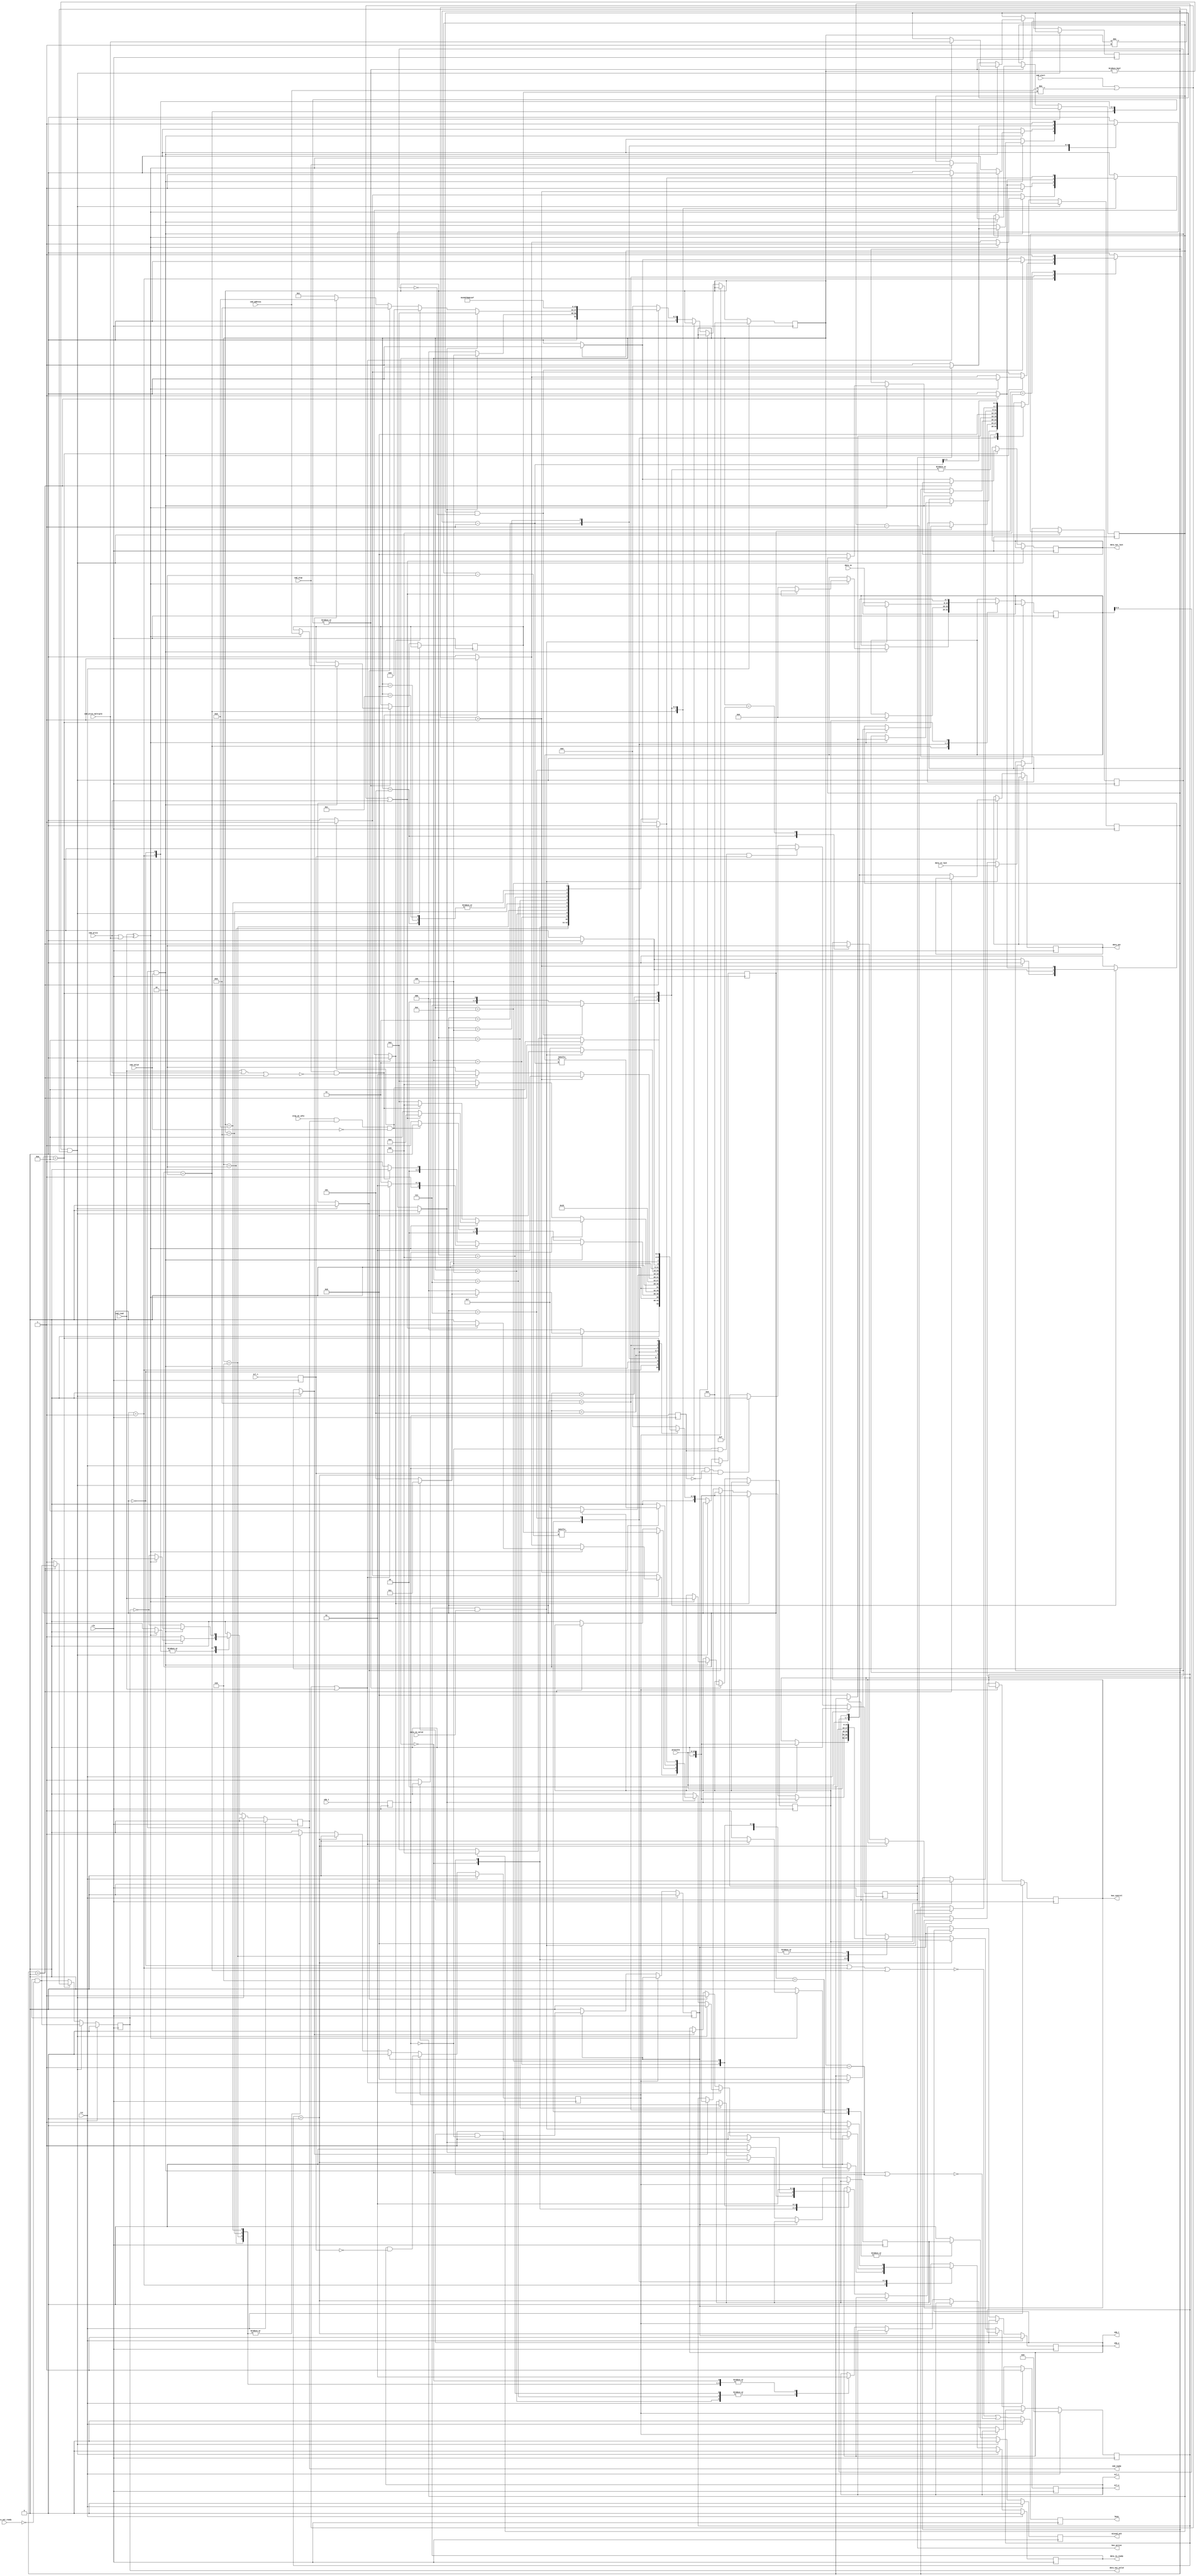
/*

Copyright (c) 2015-2017 Alex Forencich

Permission is hereby granted, free of charge, to any person obtaining a copy
of this software and associated documentation files (the "Software"), to deal
in the Software without restriction, including without limitation the rights
to use, copy, modify, merge, publish, distribute, sublicense, and/or sell
copies of the Software, and to permit persons to whom the Software is
furnished to do so, subject to the following conditions:

The above copyright notice and this permission notice shall be included in
all copies or substantial portions of the Software.

THE SOFTWARE IS PROVIDED "AS IS", WITHOUT WARRANTY OF ANY KIND, EXPRESS OR
IMPLIED, INCLUDING BUT NOT LIMITED TO THE WARRANTIES OF MERCHANTABILITY
FITNESS FOR A PARTICULAR PURPOSE AND NONINFRINGEMENT. IN NO EVENT SHALL THE
AUTHORS OR COPYRIGHT HOLDERS BE LIABLE FOR ANY CLAIM, DAMAGES OR OTHER
LIABILITY, WHETHER IN AN ACTION OF CONTRACT, TORT OR OTHERWISE, ARISING FROM,
OUT OF OR IN CONNECTION WITH THE SOFTWARE OR THE USE OR OTHER DEALINGS IN
THE SOFTWARE.

*/

// Language: Verilog 2001

`timescale 1ns / 1ps

/*
 * I2C master
 */
module i2c_master (
    input  wire        clk,
    input  wire        rst,

    /*
     * Host interface
     */
    input  wire [6:0]  cmd_address,
    input  wire        cmd_start,
    input  wire        cmd_read,
    input  wire        cmd_write,
    input  wire        cmd_write_multiple,
    input  wire        cmd_stop,
    input  wire        cmd_valid,
    output wire        cmd_ready,

    input  wire [7:0]  data_in,
    input  wire        data_in_valid,
    output wire        data_in_ready,
    input  wire        data_in_last,

    output wire [7:0]  data_out,
    output wire        data_out_valid,
    input  wire        data_out_ready,
    output wire        data_out_last,

    /*
     * I2C interface
     */
    input  wire        scl_i,
    output wire        scl_o,
    output wire        scl_t,
    input  wire        sda_i,
    output wire        sda_o,
    output wire        sda_t,

    /*
     * Status
     */
    output wire        busy,
    output wire        bus_control,
    output wire        bus_active,
    output wire        missed_ack,

    /*
     * Configuration
     */
    input  wire [15:0] prescale,
    input  wire        stop_on_idle
);

/*

I2C

Read
    __    ___ ___ ___ ___ ___ ___ ___         ___ ___ ___ ___ ___ ___ ___ ___     ___ ___ ___ ___ ___ ___ ___ ___        __
sda   \__/_6_X_5_X_4_X_3_X_2_X_1_X_0_\_R___A_/_7_X_6_X_5_X_4_X_3_X_2_X_1_X_0_\_A_/_7_X_6_X_5_X_4_X_3_X_2_X_1_X_0_\_A____/
    ____   _   _   _   _   _   _   _   _   _   _   _   _   _   _   _   _   _   _   _   _   _   _   _   _   _   _   _   ____
scl  ST \_/ \_/ \_/ \_/ \_/ \_/ \_/ \_/ \_/ \_/ \_/ \_/ \_/ \_/ \_/ \_/ \_/ \_/ \_/ \_/ \_/ \_/ \_/ \_/ \_/ \_/ \_/ \_/ SP

Write
    __    ___ ___ ___ ___ ___ ___ ___ ___     ___ ___ ___ ___ ___ ___ ___ ___     ___ ___ ___ ___ ___ ___ ___ ___ ___    __
sda   \__/_6_X_5_X_4_X_3_X_2_X_1_X_0_/ W \_A_/_7_X_6_X_5_X_4_X_3_X_2_X_1_X_0_\_A_/_7_X_6_X_5_X_4_X_3_X_2_X_1_X_0_/ N \__/
    ____   _   _   _   _   _   _   _   _   _   _   _   _   _   _   _   _   _   _   _   _   _   _   _   _   _   _   _   ____
scl  ST \_/ \_/ \_/ \_/ \_/ \_/ \_/ \_/ \_/ \_/ \_/ \_/ \_/ \_/ \_/ \_/ \_/ \_/ \_/ \_/ \_/ \_/ \_/ \_/ \_/ \_/ \_/ \_/ SP

Commands:

read
    read data byte
    set start to force generation of a start condition
    start is implied when bus is inactive or active with write or different address
    set stop to issue a stop condition after reading current byte
    if stop is set with read command, then data_out_last will be set

write
    write data byte
    set start to force generation of a start condition
    start is implied when bus is inactive or active with read or different address
    set stop to issue a stop condition after writing current byte

write multiple
    write multiple data bytes (until data_in_last)
    set start to force generation of a start condition
    start is implied when bus is inactive or active with read or different address
    set stop to issue a stop condition after writing block

stop
    issue stop condition if bus is active

Status:

busy
    module is communicating over the bus

bus_control
    module has control of bus in active state

bus_active
    bus is active, not necessarily controlled by this module

missed_ack
    strobed when a slave ack is missed

Parameters:

prescale
    set prescale to 1/4 of the minimum clock period in units
    of input clk cycles (prescale = Fclk / (FI2Cclk * 4))

stop_on_idle
    automatically issue stop when command input is not valid

Example of interfacing with tristate pins:
(this will work for any tristate bus)

assign scl_i = scl_pin;
assign scl_pin = scl_t ? 1'bz : scl_o;
assign sda_i = sda_pin;
assign sda_pin = sda_t ? 1'bz : sda_o;

Equivalent code that does not use *_t connections:
(we can get away with this because I2C is open-drain)

assign scl_i = scl_pin;
assign scl_pin = scl_o ? 1'bz : 1'b0;
assign sda_i = sda_pin;
assign sda_pin = sda_o ? 1'bz : 1'b0;

Example of two interconnected I2C devices:

assign scl_1_i = scl_1_o & scl_2_o;
assign scl_2_i = scl_1_o & scl_2_o;
assign sda_1_i = sda_1_o & sda_2_o;
assign sda_2_i = sda_1_o & sda_2_o;

Example of two I2C devices sharing the same pins:

assign scl_1_i = scl_pin;
assign scl_2_i = scl_pin;
assign scl_pin = (scl_1_o & scl_2_o) ? 1'bz : 1'b0;
assign sda_1_i = sda_pin;
assign sda_2_i = sda_pin;
assign sda_pin = (sda_1_o & sda_2_o) ? 1'bz : 1'b0;

Notes:

scl_o should not be connected directly to scl_i, only via AND logic or a tristate
I/O pin.  This would prevent devices from stretching the clock period.

*/

localparam [4:0]
    STATE_IDLE = 4'd0,
    STATE_ACTIVE_WRITE = 4'd1,
    STATE_ACTIVE_READ = 4'd2,
    STATE_START_WAIT = 4'd3,
    STATE_START = 4'd4,
    STATE_ADDRESS_1 = 4'd5,
    STATE_ADDRESS_2 = 4'd6,
    STATE_WRITE_1 = 4'd7,
    STATE_WRITE_2 = 4'd8,
    STATE_WRITE_3 = 4'd9,
    STATE_READ = 4'd10,
    STATE_STOP = 4'd11;

reg [4:0] state_reg = STATE_IDLE, state_next;

localparam [4:0]
    PHY_STATE_IDLE = 5'd0,
    PHY_STATE_ACTIVE = 5'd1,
    PHY_STATE_REPEATED_START_1 = 5'd2,
    PHY_STATE_REPEATED_START_2 = 5'd3,
    PHY_STATE_START_1 = 5'd4,
    PHY_STATE_START_2 = 5'd5,
    PHY_STATE_WRITE_BIT_1 = 5'd6,
    PHY_STATE_WRITE_BIT_2 = 5'd7,
    PHY_STATE_WRITE_BIT_3 = 5'd8,
    PHY_STATE_READ_BIT_1 = 5'd9,
    PHY_STATE_READ_BIT_2 = 5'd10,
    PHY_STATE_READ_BIT_3 = 5'd11,
    PHY_STATE_READ_BIT_4 = 5'd12,
    PHY_STATE_STOP_1 = 5'd13,
    PHY_STATE_STOP_2 = 5'd14,
    PHY_STATE_STOP_3 = 5'd15;

reg [4:0] phy_state_reg = STATE_IDLE, phy_state_next;

reg phy_start_bit;
reg phy_stop_bit;
reg phy_write_bit;
reg phy_read_bit;
reg phy_release_bus;

reg phy_tx_data;

reg phy_rx_data_reg = 1'b0, phy_rx_data_next;

reg [6:0] addr_reg = 7'd0, addr_next;
reg [7:0] data_reg = 8'd0, data_next;
reg last_reg = 1'b0, last_next;

reg mode_read_reg = 1'b0, mode_read_next;
reg mode_write_multiple_reg = 1'b0, mode_write_multiple_next;
reg mode_stop_reg = 1'b0, mode_stop_next;

reg [16:0] delay_reg = 16'd0, delay_next;
reg delay_scl_reg = 1'b0, delay_scl_next;
reg delay_sda_reg = 1'b0, delay_sda_next;

reg [3:0] bit_count_reg = 4'd0, bit_count_next;

reg cmd_ready_reg = 1'b0, cmd_ready_next;

reg data_in_ready_reg = 1'b0, data_in_ready_next;

reg [7:0] data_out_reg = 8'd0, data_out_next;
reg data_out_valid_reg = 1'b0, data_out_valid_next;
reg data_out_last_reg = 1'b0, data_out_last_next;

reg scl_i_reg = 1'b1;
reg sda_i_reg = 1'b1;

reg scl_o_reg = 1'b1, scl_o_next;
reg sda_o_reg = 1'b1, sda_o_next;

reg last_scl_i_reg = 1'b1;
reg last_sda_i_reg = 1'b1;

reg busy_reg = 1'b0;
reg bus_active_reg = 1'b0;
reg bus_control_reg = 1'b0, bus_control_next;
reg missed_ack_reg = 1'b0, missed_ack_next;

assign cmd_ready = cmd_ready_reg;

assign data_in_ready = data_in_ready_reg;

assign data_out = data_out_reg;
assign data_out_valid = data_out_valid_reg;
assign data_out_last = data_out_last_reg;

assign scl_o = scl_o_reg;
assign scl_t = scl_o_reg;
assign sda_o = sda_o_reg;
assign sda_t = sda_o_reg;

assign busy = busy_reg;
assign bus_active = bus_active_reg;
assign bus_control = bus_control_reg;
assign missed_ack = missed_ack_reg;

wire scl_posedge = scl_i_reg & ~last_scl_i_reg;
wire scl_negedge = ~scl_i_reg & last_scl_i_reg;
wire sda_posedge = sda_i_reg & ~last_sda_i_reg;
wire sda_negedge = ~sda_i_reg & last_sda_i_reg;

wire start_bit = sda_negedge & scl_i_reg;
wire stop_bit = sda_posedge & scl_i_reg;

always @* begin
    state_next = STATE_IDLE;

    phy_start_bit = 1'b0;
    phy_stop_bit = 1'b0;
    phy_write_bit = 1'b0;
    phy_read_bit = 1'b0;
    phy_tx_data = 1'b0;
    phy_release_bus = 1'b0;

    addr_next = addr_reg;
    data_next = data_reg;
    last_next = last_reg;

    mode_read_next = mode_read_reg;
    mode_write_multiple_next = mode_write_multiple_reg;
    mode_stop_next = mode_stop_reg;

    bit_count_next = bit_count_reg;

    cmd_ready_next = 1'b0;

    data_in_ready_next = 1'b0;

    data_out_next = data_out_reg;
    data_out_valid_next = data_out_valid_reg & ~data_out_ready;
    data_out_last_next = data_out_last_reg;

    missed_ack_next = 1'b0;

    // generate delays
    if (phy_state_reg != PHY_STATE_IDLE && phy_state_reg != PHY_STATE_ACTIVE) begin
        // wait for phy operation
        state_next = state_reg;
    end else begin
        // process states
        case (state_reg)
            STATE_IDLE: begin
                // line idle
                cmd_ready_next = 1'b1;

                if (cmd_ready & cmd_valid) begin
                    // command valid
                    if (cmd_read ^ (cmd_write | cmd_write_multiple)) begin
                        // read or write command
                        addr_next = cmd_address;
                        mode_read_next = cmd_read;
                        mode_write_multiple_next = cmd_write_multiple;
                        mode_stop_next = cmd_stop;

                        cmd_ready_next = 1'b0;

                        // start bit
                        if (bus_active) begin
                            state_next = STATE_START_WAIT;
                        end else begin
                            phy_start_bit = 1'b1;
                            bit_count_next = 4'd8;
                            state_next = STATE_ADDRESS_1;
                        end
                    end else begin
                        // invalid or unspecified - ignore
                        state_next = STATE_IDLE;
                    end
                end else begin
                    state_next = STATE_IDLE;
                end
            end
            STATE_ACTIVE_WRITE: begin
                // line active with current address and read/write mode
                cmd_ready_next = 1'b1;

                if (cmd_ready & cmd_valid) begin
                    // command valid
                    if (cmd_read ^ (cmd_write | cmd_write_multiple)) begin
                        // read or write command
                        addr_next = cmd_address;
                        mode_read_next = cmd_read;
                        mode_write_multiple_next = cmd_write_multiple;
                        mode_stop_next = cmd_stop;

                        cmd_ready_next = 1'b0;
                        
                        if (cmd_start || cmd_address != addr_reg || cmd_read) begin
                            // address or mode mismatch or forced start - repeated start

                            // repeated start bit
                            phy_start_bit = 1'b1;
                            bit_count_next = 4'd8;
                            state_next = STATE_ADDRESS_1;
                        end else begin
                            // address and mode match

                            // start write
                            data_in_ready_next = 1'b1;
                            state_next = STATE_WRITE_1;
                        end
                    end else if (cmd_stop && !(cmd_read || cmd_write || cmd_write_multiple)) begin
                        // stop command
                        phy_stop_bit = 1'b1;
                        state_next = STATE_IDLE;
                    end else begin
                        // invalid or unspecified - ignore
                        state_next = STATE_ACTIVE_WRITE;
                    end
                end else begin
                    if (stop_on_idle & cmd_ready & ~cmd_valid) begin
                        // no waiting command and stop_on_idle selected, issue stop condition
                        phy_stop_bit = 1'b1;
                        state_next = STATE_IDLE;
                    end else begin
                        state_next = STATE_ACTIVE_WRITE;
                    end
                end
            end
            STATE_ACTIVE_READ: begin
                // line active to current address
                cmd_ready_next = ~data_out_valid;

                if (cmd_ready & cmd_valid) begin
                    // command valid
                    if (cmd_read ^ (cmd_write | cmd_write_multiple)) begin
                        // read or write command
                        addr_next = cmd_address;
                        mode_read_next = cmd_read;
                        mode_write_multiple_next = cmd_write_multiple;
                        mode_stop_next = cmd_stop;

                        cmd_ready_next = 1'b0;
                        
                        if (cmd_start || cmd_address != addr_reg || cmd_write) begin
                            // address or mode mismatch or forced start - repeated start

                            // write nack for previous read
                            phy_write_bit = 1'b1;
                            phy_tx_data = 1'b1;
                            // repeated start bit
                            state_next = STATE_START;
                        end else begin
                            // address and mode match

                            // write ack for previous read
                            phy_write_bit = 1'b1;
                            phy_tx_data = 1'b0;
                            // start next read
                            bit_count_next = 4'd8;
                            data_next = 8'd0;
                            state_next = STATE_READ;
                        end
                    end else if (cmd_stop && !(cmd_read || cmd_write || cmd_write_multiple)) begin
                        // stop command
                        // write nack for previous read
                        phy_write_bit = 1'b1;
                        phy_tx_data = 1'b1;
                        // send stop bit
                        state_next = STATE_STOP;
                    end else begin
                        // invalid or unspecified - ignore
                        state_next = STATE_ACTIVE_READ;
                    end
                end else begin
                    if (stop_on_idle & cmd_ready & ~cmd_valid) begin
                        // no waiting command and stop_on_idle selected, issue stop condition
                        // write ack for previous read
                        phy_write_bit = 1'b1;
                        phy_tx_data = 1'b1;
                        // send stop bit
                        state_next = STATE_STOP;
                    end else begin
                        state_next = STATE_ACTIVE_READ;
                    end
                end
            end
            STATE_START_WAIT: begin
                // wait for bus idle

                if (bus_active) begin
                    state_next = STATE_START_WAIT;
                end else begin
                    // bus is idle, take control
                    phy_start_bit = 1'b1;
                    bit_count_next = 4'd8;
                    state_next = STATE_ADDRESS_1;
                end
            end
            STATE_START: begin
                // send start bit

                phy_start_bit = 1'b1;
                bit_count_next = 4'd8;
                state_next = STATE_ADDRESS_1;
            end
            STATE_ADDRESS_1: begin
                // send address
                bit_count_next = bit_count_reg - 1;
                if (bit_count_reg > 1) begin
                    // send address
                    phy_write_bit = 1'b1;
                    phy_tx_data = addr_reg[bit_count_reg-2];
                    state_next = STATE_ADDRESS_1;
                end else if (bit_count_reg > 0) begin
                    // send read/write bit
                    phy_write_bit = 1'b1;
                    phy_tx_data = mode_read_reg;
                    state_next = STATE_ADDRESS_1;
                end else begin
                    // read ack bit
                    phy_read_bit = 1'b1;
                    state_next = STATE_ADDRESS_2;
                end
            end
            STATE_ADDRESS_2: begin
                // read ack bit
                missed_ack_next = phy_rx_data_reg;

                if (mode_read_reg) begin
                    // start read
                    bit_count_next = 4'd8;
                    data_next = 1'b0;
                    state_next = STATE_READ;
                end else begin
                    // start write
                    data_in_ready_next = 1'b1;
                    state_next = STATE_WRITE_1;
                end
            end
            STATE_WRITE_1: begin
                data_in_ready_next = 1'b1;

                if (data_in_ready & data_in_valid) begin
                    // got data, start write
                    data_next = data_in;
                    last_next = data_in_last;
                    bit_count_next = 4'd8;
                    data_in_ready_next = 1'b0;
                    state_next = STATE_WRITE_2;
                end else begin
                    // wait for data
                    state_next = STATE_WRITE_1;
                end
            end
            STATE_WRITE_2: begin
                // send data
                bit_count_next = bit_count_reg - 1;
                if (bit_count_reg > 0) begin
                    // write data bit
                    phy_write_bit = 1'b1;
                    phy_tx_data = data_reg[bit_count_reg-1];
                    state_next = STATE_WRITE_2;
                end else begin
                    // read ack bit
                    phy_read_bit = 1'b1;
                    state_next = STATE_WRITE_3;
                end
            end
            STATE_WRITE_3: begin
                // read ack bit
                missed_ack_next = phy_rx_data_reg;

                if (mode_write_multiple_reg && !last_reg) begin
                    // more to write
                    state_next = STATE_WRITE_1;
                end else if (mode_stop_reg) begin
                    // last cycle and stop selected
                    phy_stop_bit = 1'b1;
                    state_next = STATE_IDLE;
                end else begin
                    // otherwise, return to bus active state
                    state_next = STATE_ACTIVE_WRITE;
                end
            end
            STATE_READ: begin
                // read data

                bit_count_next = bit_count_reg - 1;
                data_next = {data_reg[6:0], phy_rx_data_reg};
                if (bit_count_reg > 0) begin
                    // read next bit
                    phy_read_bit = 1'b1;
                    state_next = STATE_READ;
                end else begin
                    // output data word
                    data_out_next = data_next;
                    data_out_valid_next = 1'b1;
                    data_out_last_next = 1'b0;
                    if (mode_stop_reg) begin
                        // send nack and stop
                        data_out_last_next = 1'b1;
                        phy_write_bit = 1'b1;
                        phy_tx_data = 1'b1;
                        state_next = STATE_STOP;
                    end else begin
                        // return to bus active state
                        state_next = STATE_ACTIVE_READ;
                    end
                end
            end
            STATE_STOP: begin
                // send stop bit
                phy_stop_bit = 1'b1;
                state_next = STATE_IDLE;
            end
        endcase
    end
end

always @* begin
    phy_state_next = PHY_STATE_IDLE;

    phy_rx_data_next = phy_rx_data_reg;

    delay_next = delay_reg;
    delay_scl_next = delay_scl_reg;
    delay_sda_next = delay_sda_reg;

    scl_o_next = scl_o_reg;
    sda_o_next = sda_o_reg;

    bus_control_next = bus_control_reg;

    if (phy_release_bus) begin
        // release bus and return to idle state
        sda_o_next = 1'b1;
        scl_o_next = 1'b1;
        delay_scl_next = 1'b0;
        delay_sda_next = 1'b0;
        delay_next = 1'b0;
        phy_state_next = PHY_STATE_IDLE;
    end else if (delay_scl_reg) begin
        // wait for SCL to match command
        delay_scl_next = scl_o_reg & ~scl_i_reg;
        phy_state_next = phy_state_reg;
    end else if (delay_sda_reg) begin
        // wait for SDA to match command
        delay_sda_next = sda_o_reg & ~sda_i_reg;
        phy_state_next = phy_state_reg;
    end else if (delay_reg > 0) begin
        // time delay
        delay_next = delay_reg - 1;
        phy_state_next = phy_state_reg;
    end else begin
        case (phy_state_reg)
            PHY_STATE_IDLE: begin
                // bus idle - wait for start command
                sda_o_next = 1'b1;
                scl_o_next = 1'b1;
                if (phy_start_bit) begin
                    sda_o_next = 1'b0;
                    delay_next = prescale;
                    phy_state_next = PHY_STATE_START_1;
                end else begin
                    phy_state_next = PHY_STATE_IDLE;
                end
            end
            PHY_STATE_ACTIVE: begin
                // bus active
                if (phy_start_bit) begin
                    sda_o_next = 1'b1;
                    delay_next = prescale;
                    phy_state_next = PHY_STATE_REPEATED_START_1;
                end else if (phy_write_bit) begin
                    sda_o_next = phy_tx_data;
                    delay_next = prescale;
                    phy_state_next = PHY_STATE_WRITE_BIT_1;
                end else if (phy_read_bit) begin
                    sda_o_next = 1'b1;
                    delay_next = prescale;
                    phy_state_next = PHY_STATE_READ_BIT_1;
                end else if (phy_stop_bit) begin
                    sda_o_next = 1'b0;
                    delay_next = prescale;
                    phy_state_next = PHY_STATE_STOP_1;
                end else begin
                    phy_state_next = PHY_STATE_ACTIVE;
                end
            end
            PHY_STATE_REPEATED_START_1: begin
                // generate repeated start bit
                //         ______
                // sda XXX/      \_______
                //            _______
                // scl ______/       \___
                //

                scl_o_next = 1'b1;
                delay_scl_next = 1'b1;
                delay_next = prescale;
                phy_state_next = PHY_STATE_REPEATED_START_2;
            end
            PHY_STATE_REPEATED_START_2: begin
                // generate repeated start bit
                //         ______
                // sda XXX/      \_______
                //            _______
                // scl ______/       \___
                //

                sda_o_next = 1'b0;
                delay_next = prescale;
                phy_state_next = PHY_STATE_START_1;
            end
            PHY_STATE_START_1: begin
                // generate start bit
                //     ___
                // sda    \_______
                //     _______
                // scl        \___
                //

                scl_o_next = 1'b0;
                delay_next = prescale;
                phy_state_next = PHY_STATE_START_2;
            end
            PHY_STATE_START_2: begin
                // generate start bit
                //     ___
                // sda    \_______
                //     _______
                // scl        \___
                //

                bus_control_next = 1'b1;
                phy_state_next = PHY_STATE_ACTIVE;
            end
            PHY_STATE_WRITE_BIT_1: begin
                // write bit
                //      ________
                // sda X________X
                //        ____
                // scl __/    \__

                scl_o_next = 1'b1;
                delay_scl_next = 1'b1;
                delay_next = prescale << 1;
                phy_state_next = PHY_STATE_WRITE_BIT_2;
            end
            PHY_STATE_WRITE_BIT_2: begin
                // write bit
                //      ________
                // sda X________X
                //        ____
                // scl __/    \__

                scl_o_next = 1'b0;
                delay_next = prescale;
                phy_state_next = PHY_STATE_WRITE_BIT_3;
            end
            PHY_STATE_WRITE_BIT_3: begin
                // write bit
                //      ________
                // sda X________X
                //        ____
                // scl __/    \__

                phy_state_next = PHY_STATE_ACTIVE;
            end
            PHY_STATE_READ_BIT_1: begin
                // read bit
                //      ________
                // sda X________X
                //        ____
                // scl __/    \__

                scl_o_next = 1'b1;
                delay_scl_next = 1'b1;
                delay_next = prescale;
                phy_state_next = PHY_STATE_READ_BIT_2;
            end
            PHY_STATE_READ_BIT_2: begin
                // read bit
                //      ________
                // sda X________X
                //        ____
                // scl __/    \__

                phy_rx_data_next = sda_i_reg;
                delay_next = prescale;
                phy_state_next = PHY_STATE_READ_BIT_3;
            end
            PHY_STATE_READ_BIT_3: begin
                // read bit
                //      ________
                // sda X________X
                //        ____
                // scl __/    \__

                scl_o_next = 1'b0;
                delay_next = prescale;
                phy_state_next = PHY_STATE_READ_BIT_4;
            end
            PHY_STATE_READ_BIT_4: begin
                // read bit
                //      ________
                // sda X________X
                //        ____
                // scl __/    \__

                phy_state_next = PHY_STATE_ACTIVE;
            end
            PHY_STATE_STOP_1: begin
                // stop bit
                //                 ___
                // sda XXX\_______/
                //             _______
                // scl _______/

                scl_o_next = 1'b1;
                delay_scl_next = 1'b1;
                delay_next = prescale;
                phy_state_next = PHY_STATE_STOP_2;
            end
            PHY_STATE_STOP_2: begin
                // stop bit
                //                 ___
                // sda XXX\_______/
                //             _______
                // scl _______/

                sda_o_next = 1'b1;
                delay_next = prescale;
                phy_state_next = PHY_STATE_STOP_3;
            end
            PHY_STATE_STOP_3: begin
                // stop bit
                //                 ___
                // sda XXX\_______/
                //             _______
                // scl _______/

                bus_control_next = 1'b0;
                phy_state_next = PHY_STATE_IDLE;
            end
        endcase
    end
end

always @(posedge clk) begin
    if (rst) begin
        state_reg <= STATE_IDLE;
        phy_state_reg <= PHY_STATE_IDLE;
        delay_reg <= 16'd0;
        delay_scl_reg <= 1'b0;
        delay_sda_reg <= 1'b0;
        cmd_ready_reg <= 1'b0;
        data_in_ready_reg <= 1'b0;
        data_out_valid_reg <= 1'b0;
        scl_o_reg <= 1'b1;
        sda_o_reg <= 1'b1;
        busy_reg <= 1'b0;
        bus_active_reg <= 1'b0;
        bus_control_reg <= 1'b0;
        missed_ack_reg <= 1'b0;
    end else begin
        state_reg <= state_next;
        phy_state_reg <= phy_state_next;

        delay_reg <= delay_next;
        delay_scl_reg <= delay_scl_next;
        delay_sda_reg <= delay_sda_next;

        cmd_ready_reg <= cmd_ready_next;
        data_in_ready_reg <= data_in_ready_next;
        data_out_valid_reg <= data_out_valid_next;

        scl_o_reg <= scl_o_next;
        sda_o_reg <= sda_o_next;

        busy_reg <= !(state_reg == STATE_IDLE || state_reg == STATE_ACTIVE_WRITE || state_reg == STATE_ACTIVE_READ) || !(phy_state_reg == PHY_STATE_IDLE || phy_state_reg == PHY_STATE_ACTIVE);

        if (start_bit) begin
            bus_active_reg <= 1'b1;
        end else if (stop_bit) begin
            bus_active_reg <= 1'b0;
        end else begin
            bus_active_reg <= bus_active_reg;
        end

        bus_control_reg <= bus_control_next;
        missed_ack_reg <= missed_ack_next;
    end

    phy_rx_data_reg <= phy_rx_data_next;

    addr_reg <= addr_next;
    data_reg <= data_next;
    last_reg <= last_next;

    mode_read_reg <= mode_read_next;
    mode_write_multiple_reg <= mode_write_multiple_next;
    mode_stop_reg <= mode_stop_next;

    bit_count_reg <= bit_count_next;

    data_out_reg <= data_out_next;
    data_out_last_reg <= data_out_last_next;

    scl_i_reg <= scl_i;
    sda_i_reg <= sda_i;
    last_scl_i_reg <= scl_i_reg;
    last_sda_i_reg <= sda_i_reg;
end

endmodule